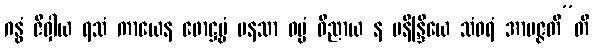
ဂန္ဓံ ဇိဝှါယ ရသံ ကာယေန ဖောဋ္ဌဗ္ဗံ မနသာ ဓမ္မံ ဝိညာယ န မနိန္ဒြိယေ သံဝရံ အာပဇ္ဇတီ”တိ